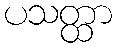
ပသတ္ထာ